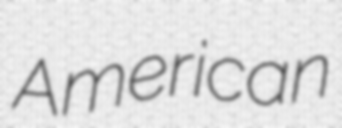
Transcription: American